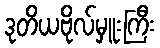
ဒုတိယဗိုလ်မှူးကြီး